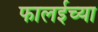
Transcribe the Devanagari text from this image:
फालईच्या